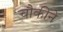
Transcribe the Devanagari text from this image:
चौकीने